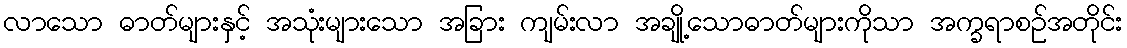
လာသော ဓာတ်များနှင့် အသုံးများသော အခြား ကျမ်းလာ အချို့သောဓာတ်များကိုသာ အက္ခရာစဉ်အတိုင်း